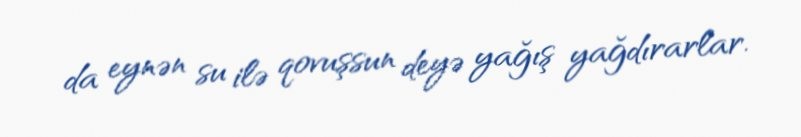
da eynən su ilə qovuşsun deyə yağış yağdırarlar.